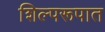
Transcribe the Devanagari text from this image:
शिल्परूपात